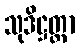
သုဒိဋ္ဌတ္တာ